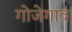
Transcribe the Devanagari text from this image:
गोजेगाव